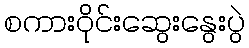
စကားဝိုင်းဆွေးနွေးပွဲ